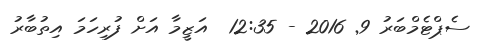
ސެޕްޓެމްބަރު 9